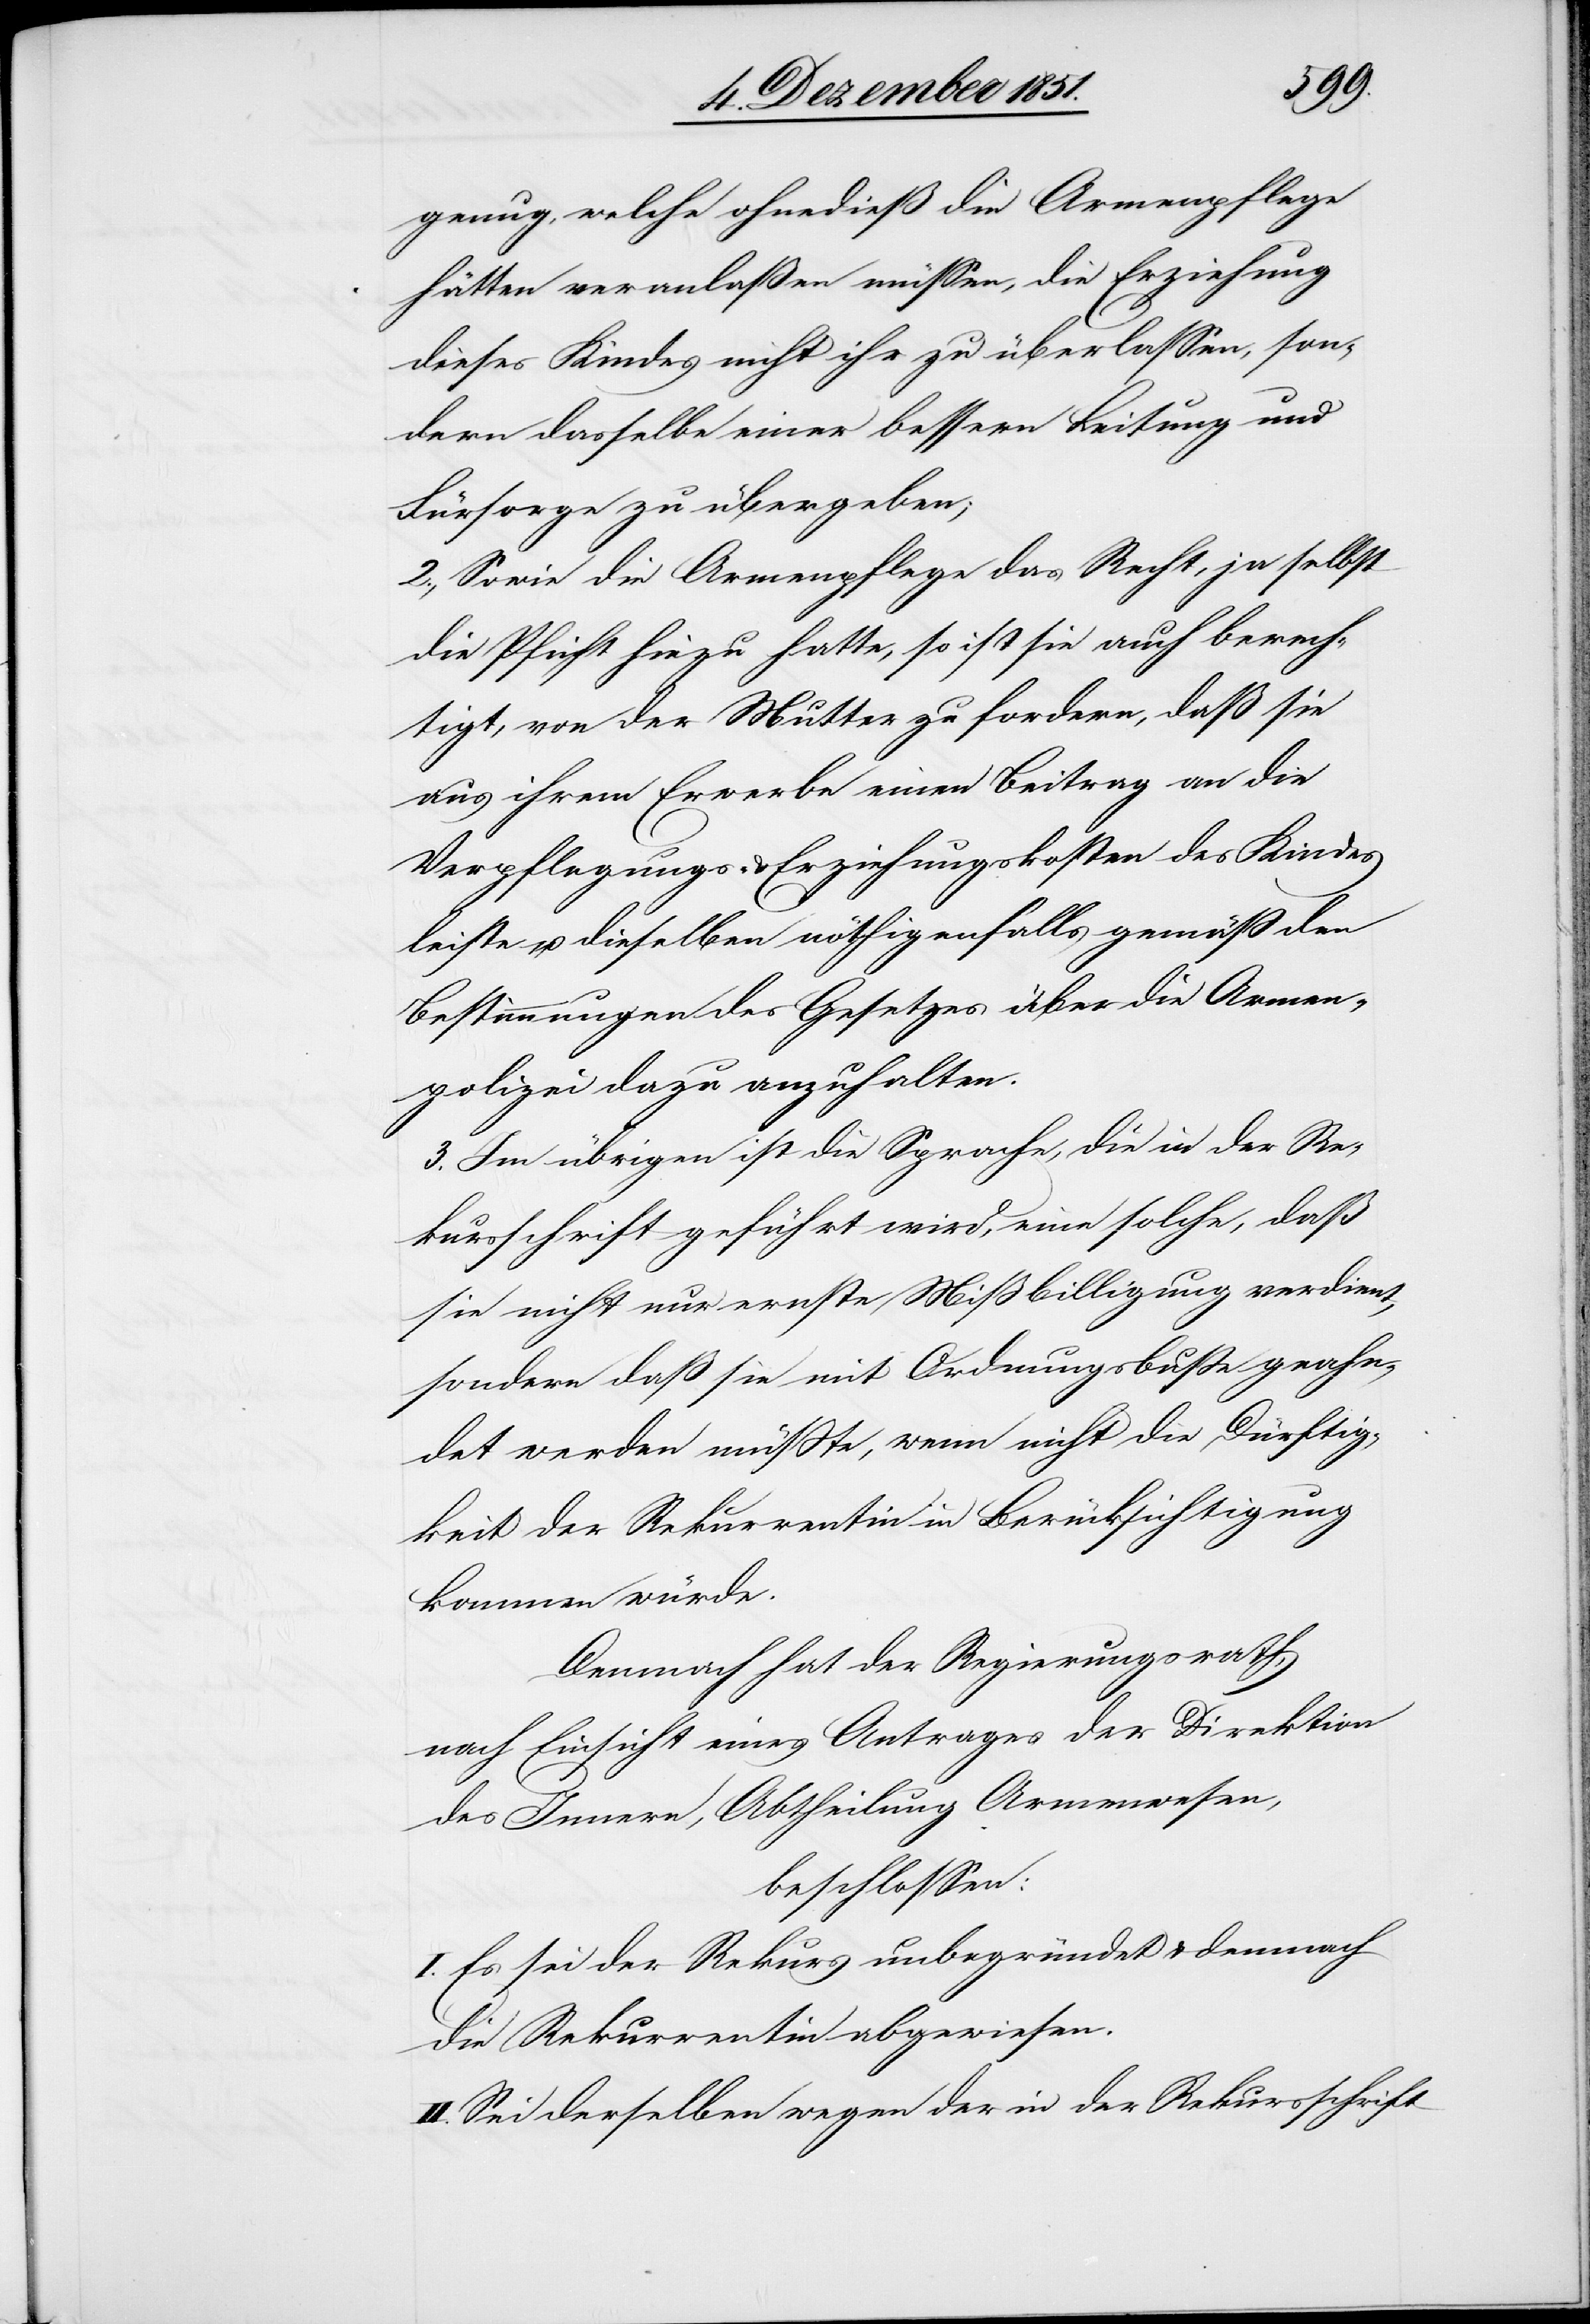
genug, welche ohnedieß die Armenpflege
hätten veranlaßen müssen, die Erziehung
dieses Kindes nicht ihr zu überlassen, son¬
dern dasselbe einer bessern Leitung und
Fürsorge zu übergeben;
2., Sowie die Armenpflege das Recht, ja selbst
die Pflicht hiezu hatte, so ist sie auch berech¬
tigt, von der Mutter zu fordern, daß sie
aus ihrem Erwerbe einen Beitrag an die
Verpflegungs- & Erziehungskosten des Kindes
leiste u. dieselben nöthigenfalls gemäß den
Bestimmungen des Gesetzes über die Armen¬
polizei dazu anzuhalten.
3. Im übrigen ist die Sprache, die in der Re¬
kursschrift geführt wird, eine solche, daß
sie nicht nur ernste Mißbilligung verdient,
sondern daß sie mit Ordnungsbuße geahn¬
det werden müßte, wenn nicht die Dürftig¬
keit der Rekurrentin in Berücksichtigung
kommen würde.
Demnach hat der Regierungsrath,
nach Einsicht eines Antrages der Direktion
des Innern, Abtheilung Armenwesen,
beschlossen:
I. Es sei der Rekurs unbegründet & demnach
die Rekurrentin abgewiesen.
II. Sei derselben wegen der in der Rekursschrift